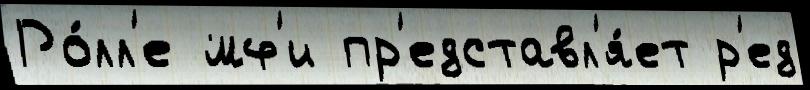
Ро́лл'е мф'и пр'едставл'я́ет р'ед